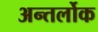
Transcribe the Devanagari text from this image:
अन्तर्लोक